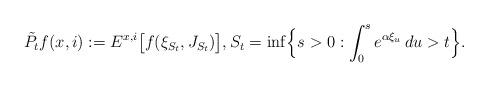
LaTeX: \begin{align*}\tilde P_t f(x,i):=E^{x,i}\big[f(\xi_{S_t}, J_{S_t})\big],S_t=\inf\Bigl\{s>0: \int_0^s e^{\alpha \xi_u}\,du >t\Bigr\}.\end{align*}